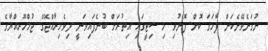
ނުގަނެވޭނެކަން ފާހަގަ ކޮށް ފޮނުވި މި ސިޓީގައި އިތުރަށް ބުނެފައިވަނީ ދިވެހިރާއްޖޭގެ ޖުމްހޫރިއްޔާގެ